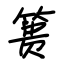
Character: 篑